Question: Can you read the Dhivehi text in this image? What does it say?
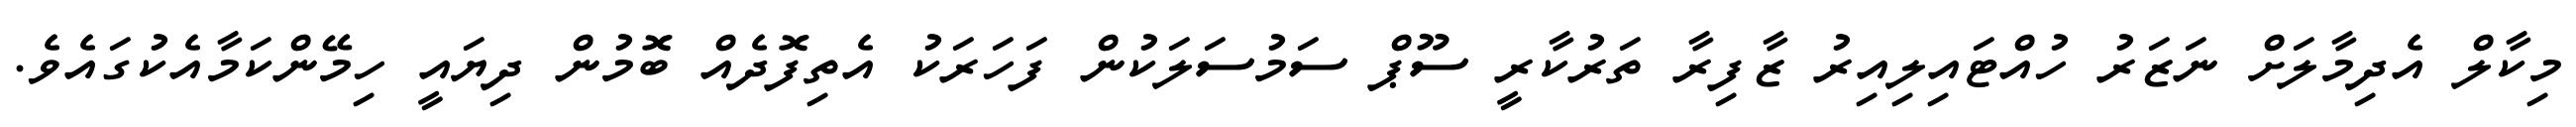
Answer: މިކާލް އެދިމާލަށް ނަޒަރު ހުއްޓައިލިއިރު ޒާފިރާ ތަރުކާރީ ސޫޕް ސަމުސަލަކުން ފަހަރަކު އެތިފޮދެއް ބޮމުން ދިޔައީ ހިމޭންކަމާއެކުގައެވެ.